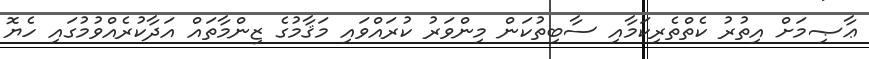
ޢާޞިމަށް އިތުރު ކެތްތެރިކަމާއި ސާބިތުކަން މިންވަރު ކުރައްވައި މަޤާމުގެ ޒިންމާތައް އަދާކުރެއްވުމުގައި ހެޔޮ